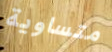
متساوية